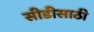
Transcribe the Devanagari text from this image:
सीडीसाठी